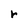
Character: r